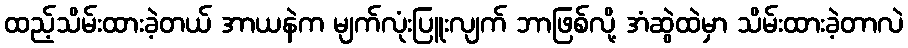
ထည့်သိမ်းထားခဲ့တယ် အာယနဲက မျက်လုံးပြူးလျက် ဘာဖြစ်လို့ အံဆွဲထဲမှာ သိမ်းထားခဲ့တာလဲ